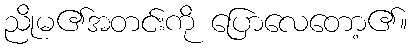
ညိုမ၏အတင်းကို ပြောလေတော့၏။